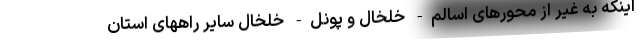
اینکه به غیر از محورهای اسالم- خلخال و پونل- خلخال سایر راههای استان